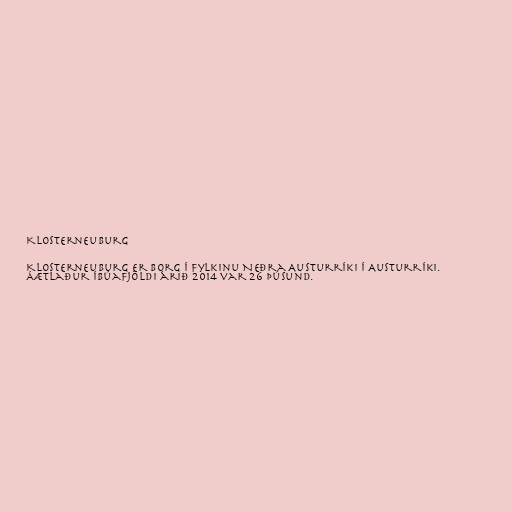
Klosterneuburg

Klosterneuburg er borg í fylkinu Neðra Austurríki í Austurríki.
Áætlaður íbúafjöldi árið 2014 var 26 þúsund.